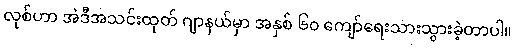
လုစ်ဟာ အဲဒီအသင်းထုတ် ဂျာနယ်မှာ အနှစ် ၆၀ ကျော်ရေးသားသွားခဲ့တာပါ။